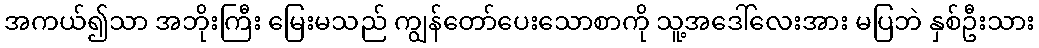
အကယ်၍သာ အဘိုးကြီး မြေးမသည် ကျွန်တော်ပေးသောစာကို သူ့အဒေါ်လေးအား မပြဘဲ နှစ်ဦးသား